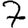
Digit: 7